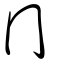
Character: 冂